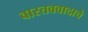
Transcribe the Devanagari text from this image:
वास्तववादाचे